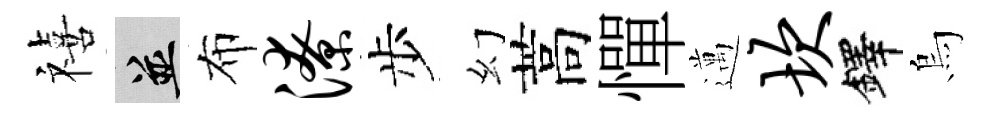
禧并布潦步幻蒿憚邁坎鐸烏